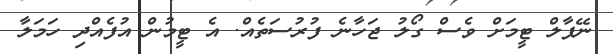
ނޭޕާލް ޓީމަށް ވެސް ގޯލު ޖަހާނެ ފުރުސަތެއް. އެ ޓީމުން އުފެއްދި ހަމަލާ